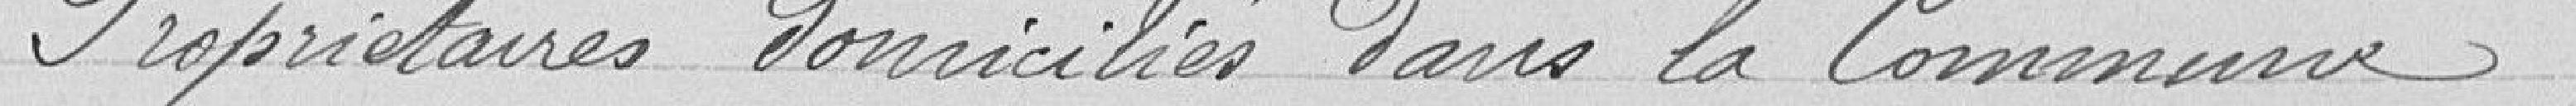
Propriétaires domiciliés dans la Commune